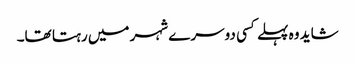
شاید وہ پہلے کسی دوسرے شہر میں رہتا تھا۔